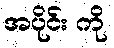
အပိုင်း ကို